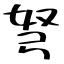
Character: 弩